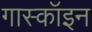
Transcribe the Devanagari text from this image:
गास्कॉइन